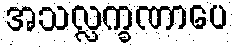
အသလ္လက္ခဏာပေ